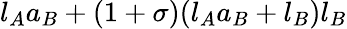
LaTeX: l_{A}a_{B}+(1+\sigma)(l_{A}a_{B}+l_{B})l_{B}